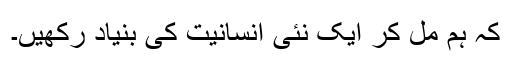
کہ ہم مل کر ایک نئی انسانیت کی بنیاد رکھیں۔